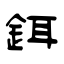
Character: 鉺